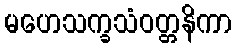
မဟေသက္ခသံဝတ္တနိကာ